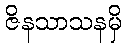
ဇိနသာသနမှိ